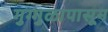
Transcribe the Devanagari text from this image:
गुग्गुळापासून